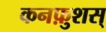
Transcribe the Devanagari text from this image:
कनफ़ुशस्